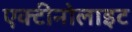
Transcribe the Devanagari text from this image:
एक्टीनोलाइट